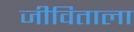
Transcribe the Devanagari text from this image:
जीविताला